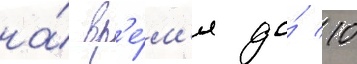
на́ вр'е́м'я до́ 10